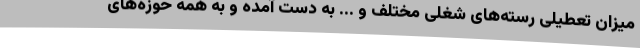
میزان تعطیلی رسته‌های شغلی مختلف و ... به دست آمده و به همه حوزه‌های